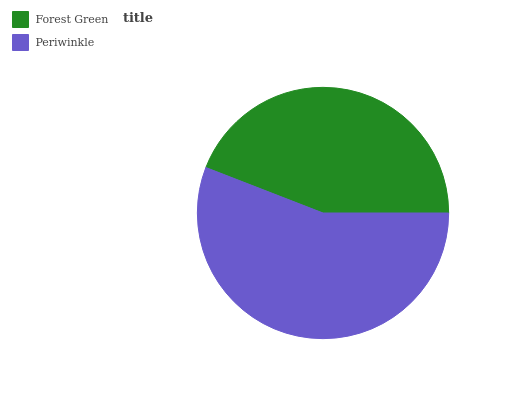
| Forest Green | Periwinkle |
 | --- | --- |
 | 44.1% | 55.9% |